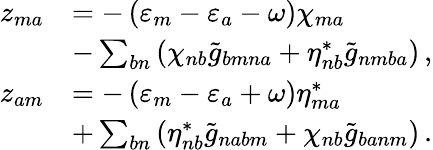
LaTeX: \begin{array}{rl}{z_{ma}}&{=-\left(\varepsilon_{m}-\varepsilon_{a}-\omega\right)\chi_{ma}}\\ &{-\sum_{bn}\left(\chi_{nb}\tilde{g}_{bmna}+\eta_{nb}^{*}\tilde{g}_{nmba}\right)\, ,}\\ {z_{am}}&{=-\left(\varepsilon_{m}-\varepsilon_{a}+\omega\right)\eta_{ma}^{*}}\\ &{+\sum_{bn}\left(\eta_{nb}^{*}\tilde{g}_{nabm}+\chi_{nb}\tilde{g}_{banm}\right)\, .}\end{array}